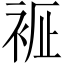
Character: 𧙼